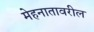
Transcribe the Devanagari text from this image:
मेहनातावरील